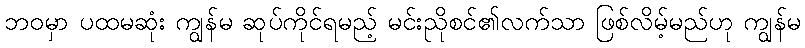
ဘဝမှာ ပထမဆုံး ကျွန်မ ဆုပ်ကိုင်ရမည့် မင်းညိုစင်၏လက်သာ ဖြစ်လိမ့်မည်ဟု ကျွန်မ